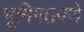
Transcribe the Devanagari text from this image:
भूमिगतपणे